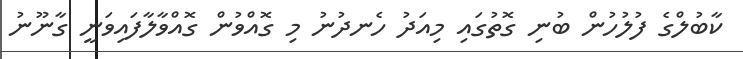
ކާބުލްގެ ފުލުހުން ބުނި ގޮތުގައި މިއަދު ހެނދުނު މި ގޮއްވުން ގޮއްވާލާފައިވަނީ ގާނޫނު